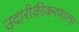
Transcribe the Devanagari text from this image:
उदारीकीकरणाला